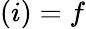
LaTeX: (i)=f